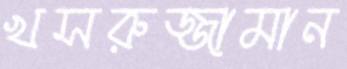
খসরুজ্জামান